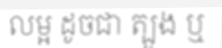
លម្អ ដូចជា ត្បូង ឬ